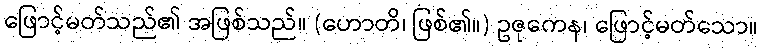
ဖြောင့်မတ်သည်၏ အဖြစ်သည်။ (ဟောတိ၊ ဖြစ်၏။) ဥဇုကေန၊ ဖြောင့်မတ်သော။